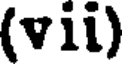
(vii)